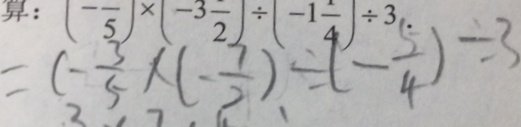
= ( - \frac { 3 } { 5 } \times ( - \frac { 7 } { 2 } ) \div ( - \frac { 5 } { 4 } ) \div 3